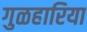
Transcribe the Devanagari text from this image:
गुळहारिया